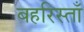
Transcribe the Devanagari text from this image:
बहरिस्ताँ